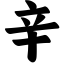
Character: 辛